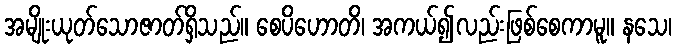
အမျိုးယုတ်သောဇာတ်ရှိသည်။ စေပိဟောတိ၊ အကယ်၍လည်းဖြစ်စေကာမူ။ နသေ၊